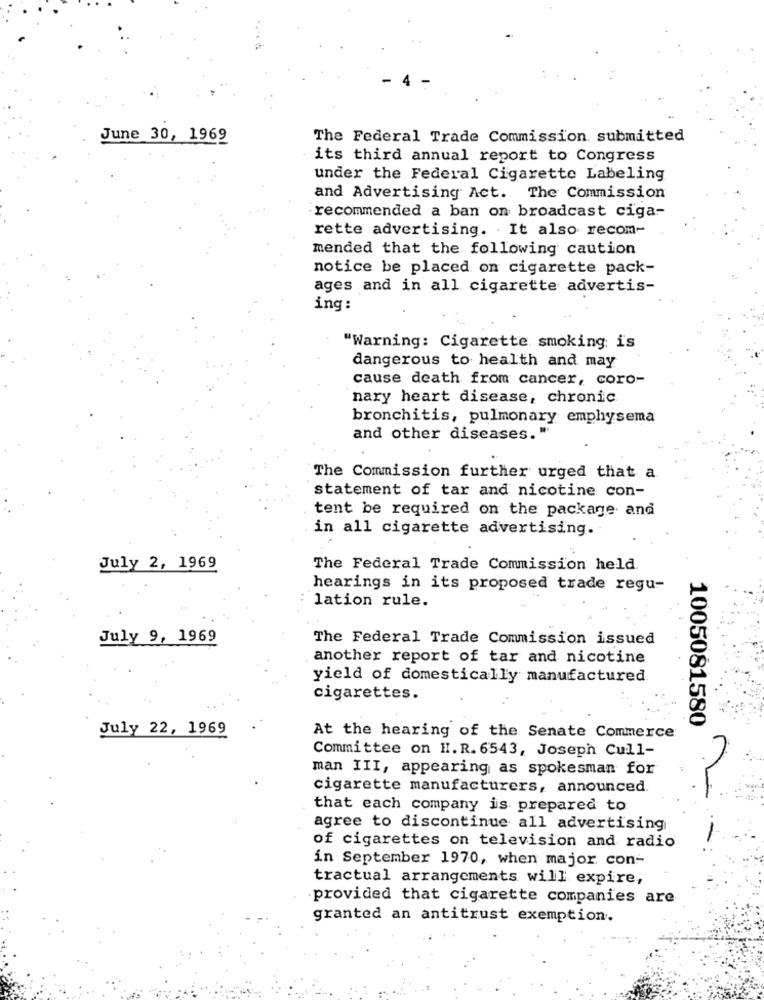
June 30, 1969
The Federal Trade Commission submitted
its third annual report to Congress
under the Federal Cigarette Labeling
and Advertising Act. The Commission
recommended a ban on broadcast ciga-
rette advertising. . It also recom-
mended that the following caution
notice be placed on cigarette pack-
ages and in all cigarette advertis-
ing:
"Warning: Cigarette smoking is
dangerous to health and may
cause death from cancer, coro-
nary heart disease, chronic.
bronchitis, pulmonary emphysema
and other diseases."
The Commission further urged that a
statement of tar and nicotine con-
tent be required on the package and
in all cigarette advertising.
July 2, 1969
The Federal Trade Commission held.
hearings in its proposed trade regu-
lation rule.
July 9, 1969
The Federal Trade Commission issued
another report of tar and nicotine
yield of domestically manufactured
cigarettes.
July 22, 1969
1005081580
At the hearing of the Senate Commerce
Committee on H. R. 6543, Joseph Cull-
man III, appearing as spokesman for
cigarette manufacturers, announced
that each company is prepared to
agree to discontinue all advertising
of cigarettes on television and radio
in September 1970, when major con-
tractual arrangements will expire,
provided that cigarette companies are
granted an antitrust exemption.